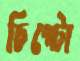
চিপ্‌টো